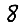
Digit: 8